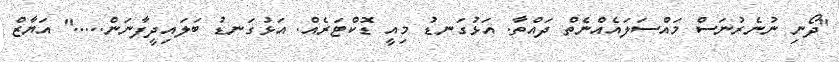
"ދޯނި ނުނެރުނަސް މައްސަލައެއްނެތް ދައްތާ. އަޅުގަނޑު މިއީ ޑޮކްޓަރެއް. އަޅުގަނޑު ބަލައިދީފާނަން....." އަޔާޒް